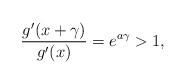
LaTeX: \begin{align*} \frac{g'(x+\gamma)}{g'(x)} = e^{a\gamma} > 1,\end{align*}